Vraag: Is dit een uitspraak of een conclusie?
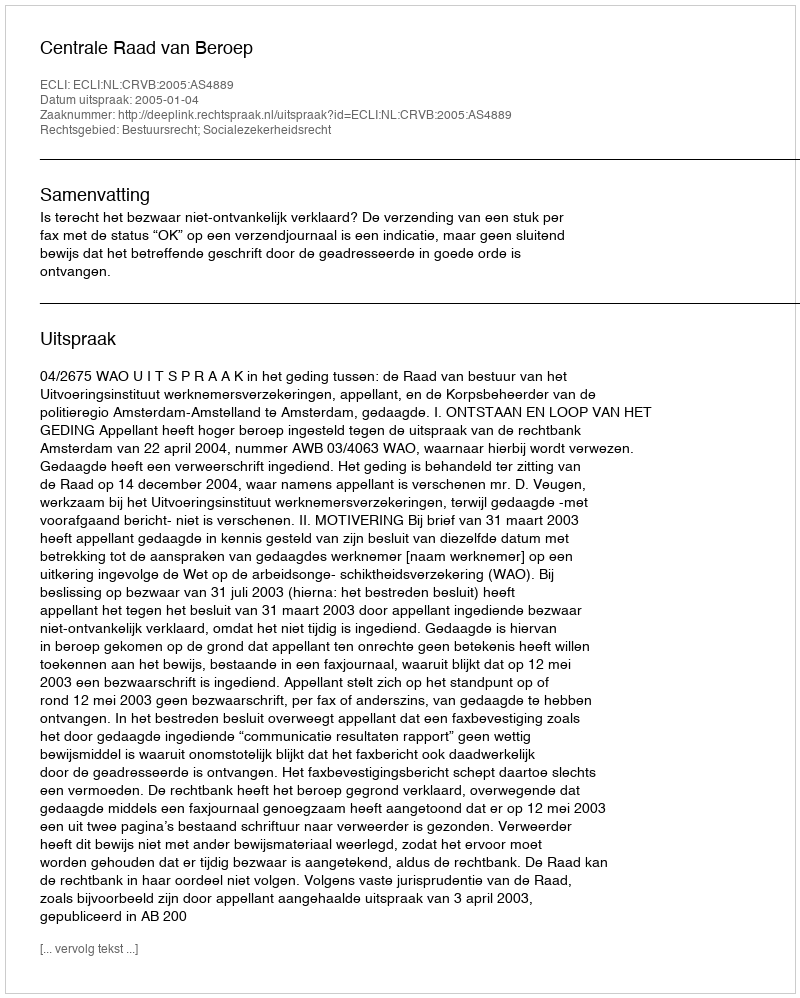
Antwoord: Uitspraak